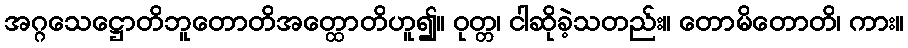
အဂ္ဂသေဋ္ဌောတိဘူတောတိအတ္ထောတိဟူ၍။ ဝုတ္တ၊ ငါဆိုခဲ့သတည်း။ တောမိတောတိ၊ ကား။